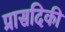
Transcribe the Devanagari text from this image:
प्रासदिकी